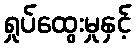
ရှုပ်ထွေးမှုနှင့်